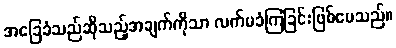
အခြေခံသည်ဆိုသည့်အချက်ကိုသာ လက်မခံကြခြင်းဖြစ်ပေသည်။